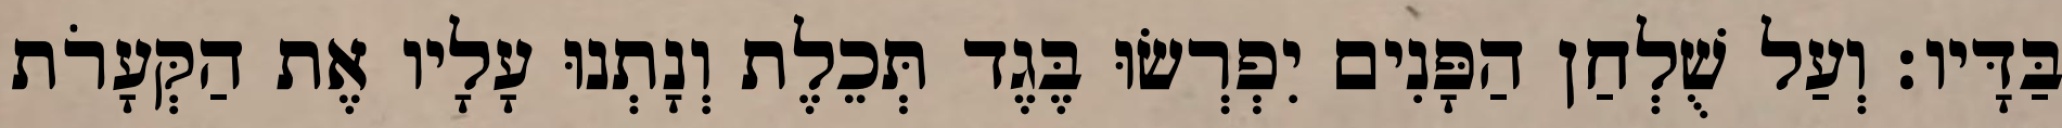
בַּדָּיו׃ וְעַל שֻׁלְחַן הַפָּנִים יִפְרְשׂוּ בֶּגֶד תְּכֵלֶת וְנָתְנוּ עָלָיו אֶת הַקְּעָרֹת